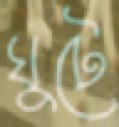
ঘুটে